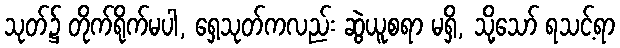
သုတ်၌ တိုက်ရိုက်မပါ, ရှေ့သုတ်ကလည်း ဆွဲယူစရာ မရှိ, သို့သော် ရသင့်ရာ